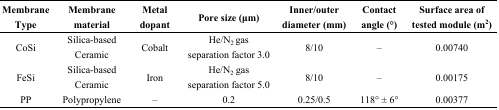
<table><thead><tr><td><b>Membrane Type</b></td><td><b>Membrane material</b></td><td><b>Metal dopant</b></td><td><b>Pore size (μm)</b></td><td><b>Inner/outer diameter (mm)</b></td><td><b>Contact angle (°)</b></td><td><b>Surface area of tested module (m<sup>2</sup>)</b></td></tr></thead><tbody><tr><td>CoSi</td><td>Silica-based Ceramic </td><td>Cobalt</td><td>He/N<sub>2</sub> gas separation factor 3.0</td><td>8/10</td><td>–</td><td>0.00740</td></tr><tr><td>FeSi</td><td>Silica-based Ceramic</td><td>Iron</td><td>He/N<sub>2</sub> gas separation factor 5.0</td><td>8/10</td><td>–</td><td>0.00175</td></tr><tr><td>PP</td><td>Polypropylene </td><td>–</td><td>0.2</td><td>0.25/0.5</td><td>118° ± 6°</td><td>0.00377</td></tr></tbody></table>